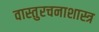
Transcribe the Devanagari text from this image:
वास्तुरचनाशास्त्र